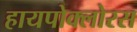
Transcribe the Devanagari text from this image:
हायपोक्लोरस